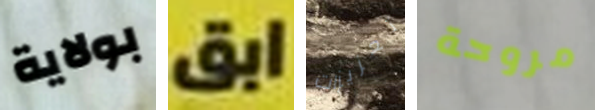
بولاية ابق تعزيزات مروحة